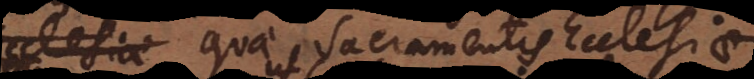
Ecclesiae quae Sacramentis Ecclesiae